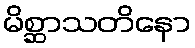
မိစ္ဆာသတိနော